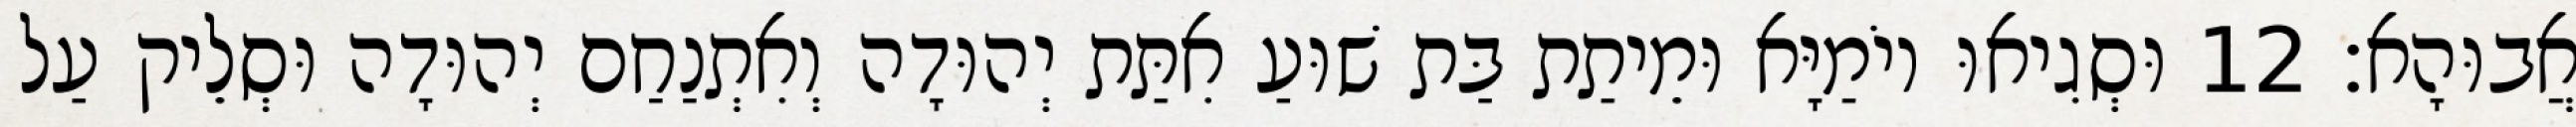
אֲבוּהָא׃ 12 וּסְגִיאוּ יוֹמַיָּא וּמֵיתַת בַּת שׁוּעַ אִתַּת יְהוּדָה וְאִתְנַחַם יְהוּדָה וּסְלֵיק עַל